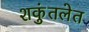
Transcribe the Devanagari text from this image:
शकुंतलेत